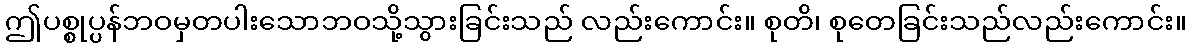
ဤပစ္စုပ္ပန်ဘဝမှတပါးသောဘဝသို့သွားခြင်းသည် လည်းကောင်း။ စုတိ၊ စုတေခြင်းသည်လည်းကောင်း။